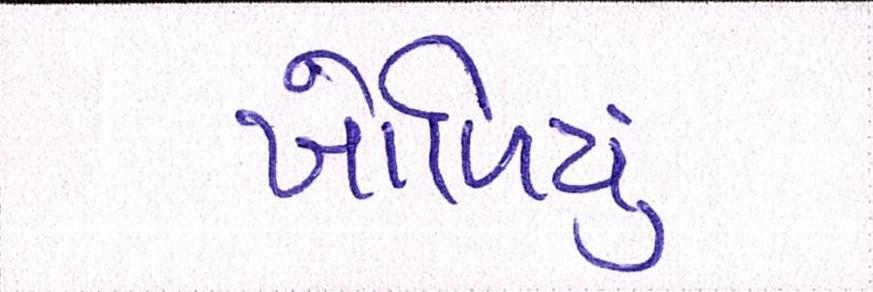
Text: ખોળિયું